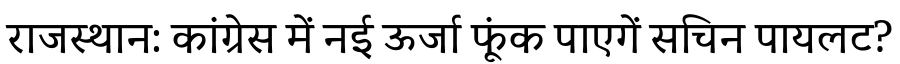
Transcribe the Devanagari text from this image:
राजस्थान: कांग्रेस में नई ऊर्जा फूंक पाएगें सचिन पायलट?